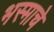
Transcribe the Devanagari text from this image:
भस्माचे